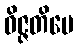
ဝိဇ္ဇတိပေ